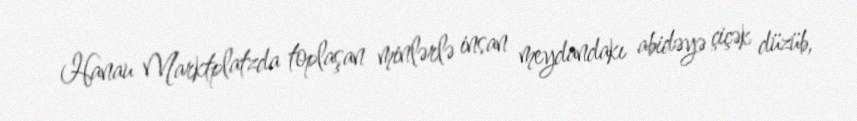
Hanau Marktplatzda toplaşan minlərlə insan meydandakı abidəyə çiçək düzüb,